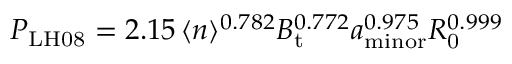
P _ { \mathrm { L H 0 8 } } = 2 . 1 5 \, \langle n \rangle ^ { 0 . 7 8 2 } B _ { \mathrm { t } } ^ { 0 . 7 7 2 } a _ { \mathrm { m i n o r } } ^ { 0 . 9 7 5 } R _ { \mathrm { 0 } } ^ { 0 . 9 9 9 }